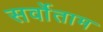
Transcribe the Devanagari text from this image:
सर्वोताम